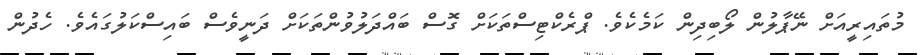
މުތައިރީއަށް ނޭޕާލުން ލޯބިދިން ކަމެކެވެ. ޕްރެކްޓިސްތަކަށް ގޮސް ބައްދަލުވުންތަކަށް ދަނީވެސް ބައިސްކަލުގައެވެ. ހެދުން